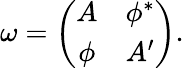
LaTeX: \omega=\left(\begin{array}{cc}{{A}}&{{\phi^{*}}}\\ {{\phi}}&{{A^{\prime}}}\end{array}\right).